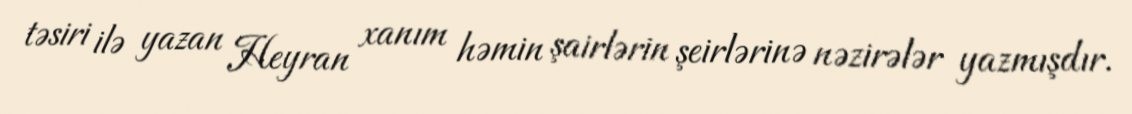
təsiri ilə yazan Heyran xanım həmin şairlərin şeirlərinə nəzirələr yazmışdır.